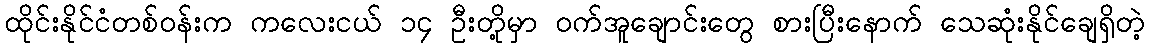
ထိုင်းနိုင်ငံတစ်ဝန်းက ကလေးငယ် ၁၄ ဦးတို့မှာ ဝက်အူချောင်းတွေ စားပြီးနောက် သေဆုံးနိုင်ချေရှိတဲ့